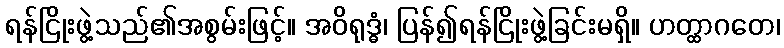
ရန်ငြိုးဖွဲ့သည်၏အစွမ်းဖြင့်။ အဝိရုဒ္ဓံ၊ ပြန်၍ရန်ငြိုးဖွဲ့ခြင်းမရှိ။ ဟတ္ထာဂတေ၊